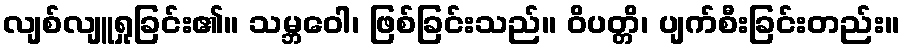
လျစ်လျူရှုခြင်း၏။ သမ္ဘဝေါ၊ ဖြစ်ခြင်းသည်။ ဝိပတ္တိ၊ ပျက်စီးခြင်းတည်း။